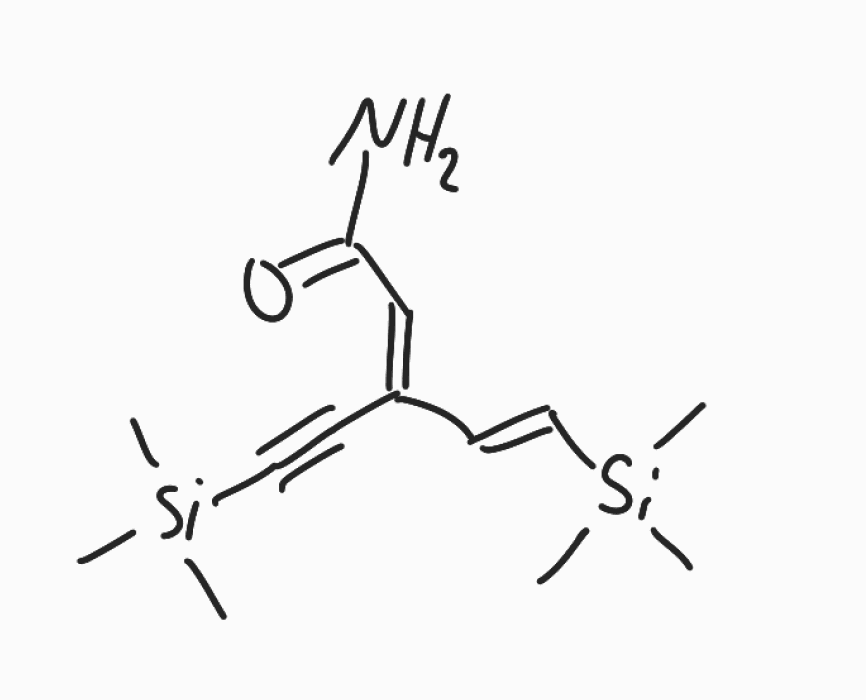
Simplified molecular-input line-entry system (SMILES) notation of the given molecule:
C[Si](C)(C)/C=C/C(=C/C(=O)N)/C#C[Si](C)(C)C